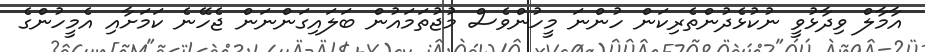
އާމާލް ވިދާޅުވީ ނުކުޅެދުންތެރިކަން ހުންނަ މީހުންވެސް މުޖުތަމައުން ބަލައިގަންނަން ޖެހޭނެ ކަމަށާއި އެމީހުންގެ